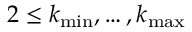
2 \leq k _ { \operatorname* { m i n } } , \ldots , k _ { \operatorname* { m a x } }